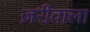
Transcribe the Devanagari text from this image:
ज़रीवाला